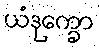
ယံဒုက္ခော